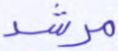
مرشد